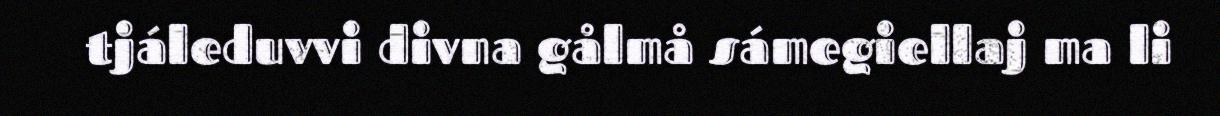
tjáleduvvi divna gålmå sámegiellaj ma li